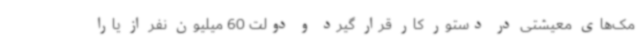
مک‌های معیشتی در دستور کار قرار گیرد و دولت 60 میلیون نفر از یارا